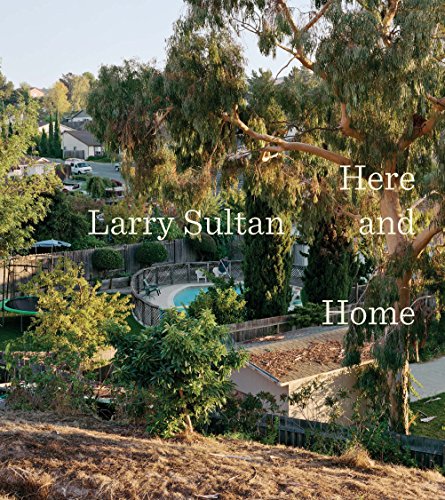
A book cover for Larry Sultan: Here and Home; Rebecca Morse; Arts & Photography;